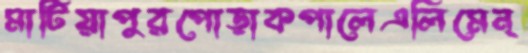
মাটিয়াপুরপোড়াকপালেএলিমেন্